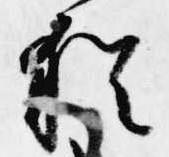
猶